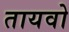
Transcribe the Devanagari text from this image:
तायवो